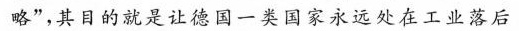
略”，其目的就是让德国一类国家永远处在工业落后